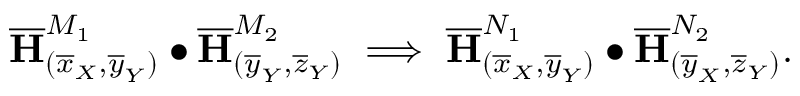
\mathbf { \overline { { H } } } _ { ( \overline { { x } } _ { X } , \overline { { y } } _ { Y } ) } ^ { M _ { 1 } } \bullet \mathbf { \overline { { H } } } _ { ( { \overline { { y } } _ { Y } } , \overline { { z } } _ { Y } ) } ^ { M _ { 2 } } \implies \mathbf { \overline { { H } } } _ { ( \overline { { x } } _ { X } , \overline { { y } } _ { Y } ) } ^ { N _ { 1 } } \bullet \mathbf { \overline { { H } } } _ { ( \overline { { y } } _ { X } , \overline { { z } } _ { Y } ) } ^ { N _ { 2 } } .